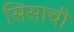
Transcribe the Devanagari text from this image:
सिसाची